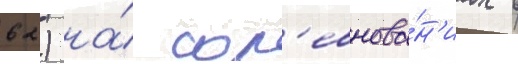
62) на́ сор'евнова́н'иах в